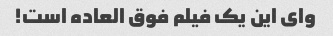
وای این یک فیلم فوق العاده است!